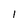
Character: 1